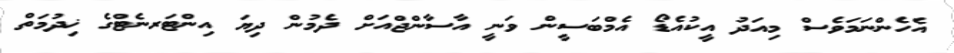
އެހެންނަމަވެސް މިއަދު އީކުއެޑޯ އެމްބަސީން ވަނީ އާސާންޖްއަށް ދެމުން ދިޔަ އިންޓަރނެޓްގެ ޚިދުމަތް